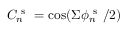
C _ { n } ^ { \mathrm { ~ s ~ } } = \cos ( \Sigma \phi _ { n } ^ { \mathrm { ~ s ~ } } / 2 )